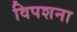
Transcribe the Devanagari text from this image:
विपशना